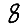
Digit: 8